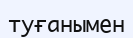
туғанымен